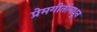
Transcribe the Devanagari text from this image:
प्रेमगीतांमधून